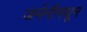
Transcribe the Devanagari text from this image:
जर्मनीमधून